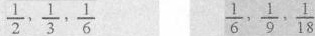
\frac{1}{2}, \frac{1}{3}, \frac{1}{6} \frac{1}{6}, \frac{1}{9}, \frac{1}{18}